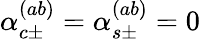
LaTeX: \alpha_{c\pm}^{(ab)}=\alpha_{s\pm}^{(ab)}=0